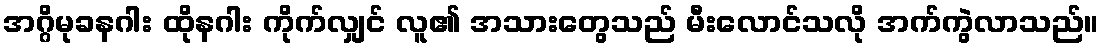
အဂ္ဂိမုခနဂါး ထိုနဂါး ကိုက်လျှင် လူ၏ အသားတွေသည် မီးလောင်သလို အက်ကွဲလာသည်။